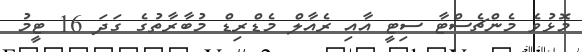
މޮޅުވެ މެންޗެސްޓާ ސިޓީ އާއި ރެއާލް މެޑްރިޑް މުބާރާތުގެ ގަދަ 16 ޓީމު